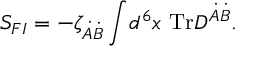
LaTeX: S _ { F I } = - \zeta _ { \dot { A } \dot { B } } \int \! d ^ { 6 } x ~ \mathrm { T r } D ^ { \dot { A } \dot { B } } .